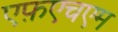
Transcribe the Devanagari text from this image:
एफ़एचएम